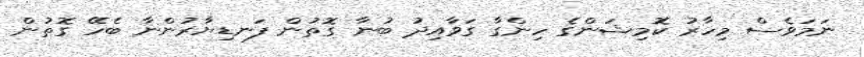
ނަމަވެސް މިހާރު ކޮމިޝަންގެ ހިންގާ ގަވާއިދު ބުނާ ގޮތުން ފަނޑިޔާރުންނާ ބެހޭ ގޮތުން